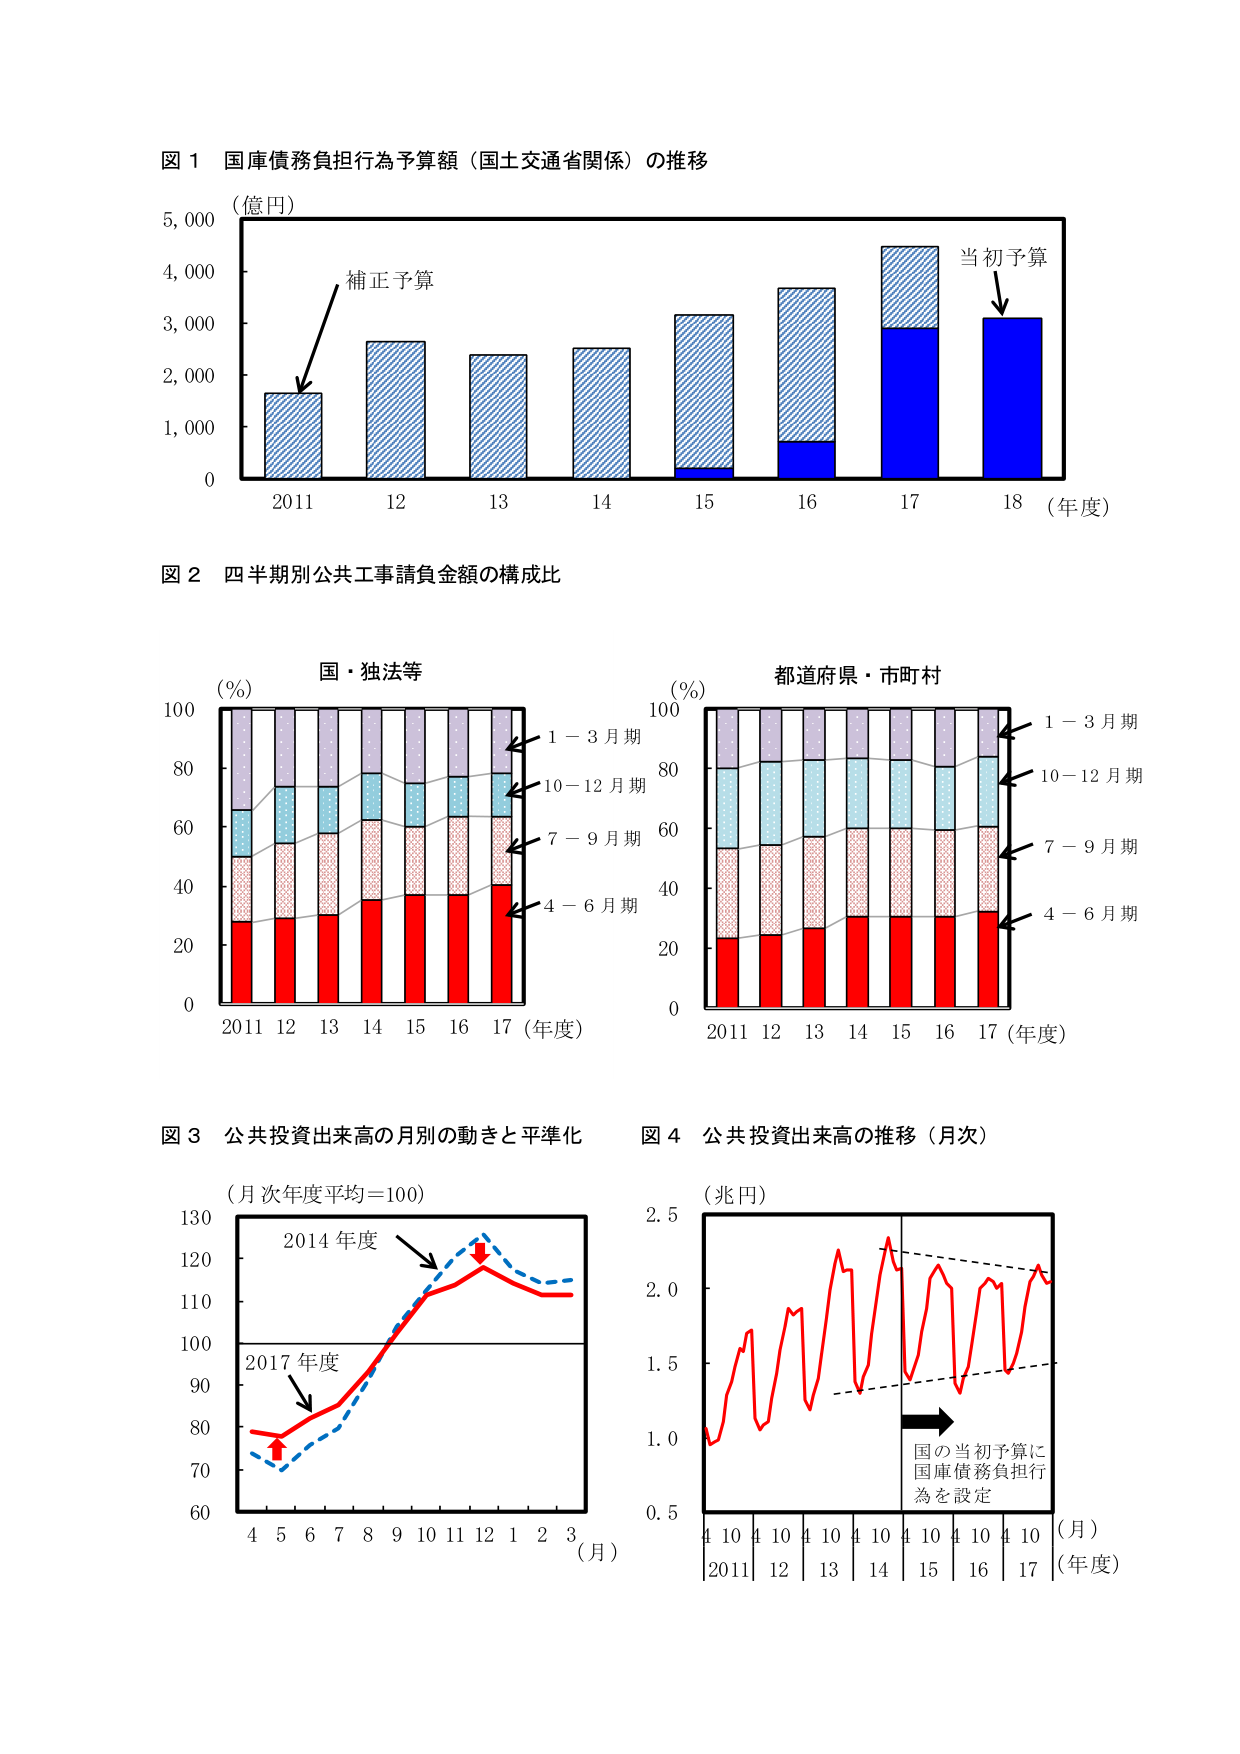
図 1 国庫債務負担行為予算額（国土交通省関係）の推移
（億円）
補正予算
当初予算
0 1,000 2,000 3,000 4,000 5,000
2011 12 13 14 15 16 17 18（年度）

図 2 四半期別公共工事請負金額の構成比
（％）
国・独法等
1－3月期
10－12月期
7－9月期
4－6月期
0 20 40 60 80 100
2011 12 13 14 15 16 17（年度）
（％）
都道府県・市町村
1－3月期
10－12月期
7－9月期
4－6月期
0 20 40 60 80 100
2011 12 13 14 15 16 17（年度）

図 3 公共投資出来高の月別の動きと平準化
（月次年度平均＝100）
2014年度
2017年度
60 70 80 90 100 110 120 130
4 5 6 7 8 9 10 11 12 1 2 3（月）

図 4 公共投資出来高の推移（月次）
（兆円）
2.5
2.0
1.5
1.0
0.5
4 10 4 10 4 10 4 10 4 10 4 10 4 10（月）
2011 12 13 14 15 16 17（年度）
国の当初予算に
国庫債務負担行
為を設定